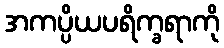
အကပ္ပိယပရိက္ခရာကို